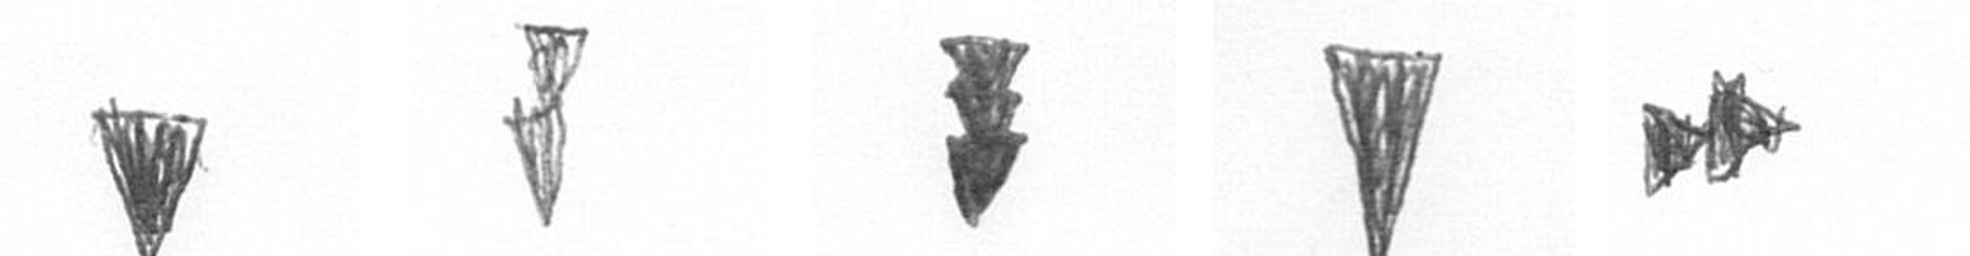
J Z E J A